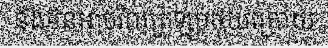
នឹងមិនអាចវិលត្រឡប់ថយក្រោយ